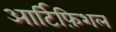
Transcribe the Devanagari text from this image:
आर्टिफ़िशल